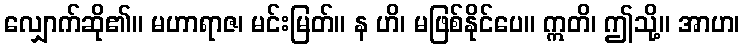
လျှောက်ဆို၏။ မဟာရာဇ၊ မင်းမြတ်။ န ဟိ၊ မဖြစ်နိုင်ပေ။ ဣတိ၊ ဤသို့။ အာဟ၊